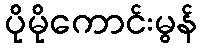
ပိုမိုကောင်းမွန်